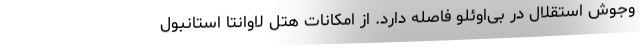
وجوش استقلال در بی‌اوئلو فاصله دارد. از امکانات هتل لاوانتا استانبول